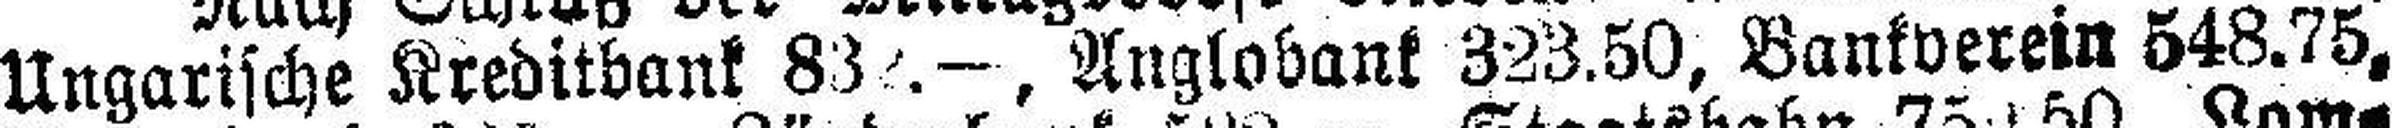
Ungarische Kreditbank 832. — , Anglobank 323.50, Bankverein 548.75,